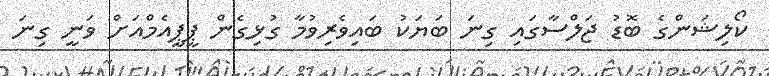
ކޯލިޝަންގެ ބޮޑު ޖަލްސާގައި ގިނަ ބަޔަކު ބައިވެރިވުމާ ގުޅިގެން ޕީޕީއެމްއަށް ވަނީ ގިނަ